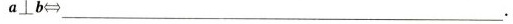
a⊥b\Longleftrightarrow ____________.